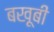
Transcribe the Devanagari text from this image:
बखू़बी